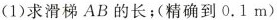
(1)求滑梯AB的长；(精确到0.1m)